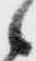
候